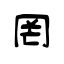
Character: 罔